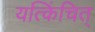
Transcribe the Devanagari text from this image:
यत्किंचित्‌